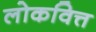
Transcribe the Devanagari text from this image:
लोकवित्त